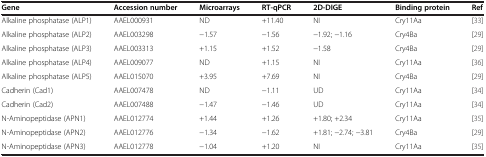
| Gene | Accession number | Microarrays | RT-qPCR | 2D-DIGE | Binding protein | Ref |
 | --- | --- | --- | --- | --- | --- | --- |
 | Alkaline phosphatase (ALP1) | AAEL000931 | ND | +11.40 | NI | Cry11Aa | [33] |
 | Alkaline phosphatase (ALP2) | AAEL003298 | −1.57 | −1.56 | −1.92; −1.16 | Cry4Ba | [29] |
 | Alkaline phosphatase (ALP3) | AAEL003313 | +1.15 | +1.52 | −1.58 | Cry4Ba | [29] |
 | Alkaline phosphatase (ALP4) | AAEL009077 | ND | +1.15 | NI | Cry11Aa | [36] |
 | Alkaline phosphatase (ALP5) | AAEL015070 | +3.95 | +7.69 | NI | Cry4Ba | [29] |
 | Cadherin (Cad1) | AAEL007478 | ND | −1.11 | UD | Cry11Aa | [34] |
 | Cadherin (Cad2) | AAEL007488 | −1.47 | −1.46 | UD | Cry11Aa | [34] |
 | N-Aminopeptidase (APN1) | AAEL012774 | +1.44 | +1.26 | +1.80; +2.34 | Cry11Aa | [35] |
 | N-Aminopeptidase (APN2) | AAEL012776 | −1.34 | −1.62 | +1.81; −2.74; −3.81 | Cry4Ba | [29] |
 | N-Aminopeptidase (APN3) | AAEL012778 | −1.04 | +1.20 | NI | Cry11Aa | [35] |